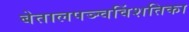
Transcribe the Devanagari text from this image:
बेतालपञ्चविंशतिका